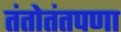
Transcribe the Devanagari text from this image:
तंतोतंतपणा